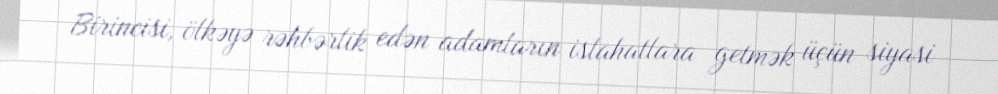
Birincisi, ölkəyə rəhbərlik edən adamların islahatlara getmək üçün siyasi